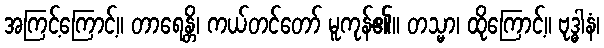
အကြင့်ကြောင့်။ တာရေန္တိ၊ ကယ်တင်တော် မူကုန်၏။ တသ္မာ၊ ထိုကြောင့်။ ဗုဒ္ဓါနံ၊